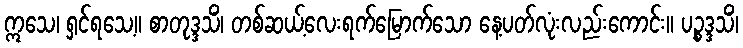
ဣသေ၊ ရှင်ရသေ့။ စာတုဒ္ဒသိံ၊ တစ်ဆယ့်လေးရက်မြောက်သော နေ့ပတ်လုံးလည်းကောင်း။ ပဉ္စဒ္ဒသိံ၊